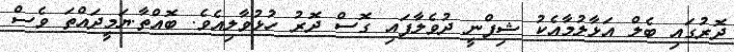
ދޮރުގައި ބެލް އަޅާލުމާއެކު ޝިފްނީ ދުވެލާފައި ގޮސް ދޮރު ހުޅުވާލިއެވެ. ބޮއްތާ.ޔަމީދައްތަ ވެސް